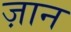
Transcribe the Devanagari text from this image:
ज़ान